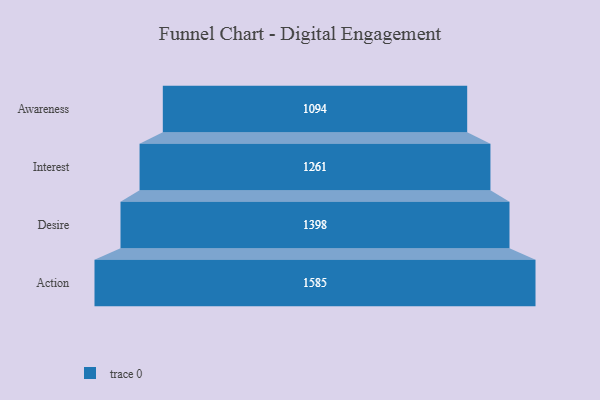
{"axis": {"x": "Stage", "y": "Value"}, "legend": [""], "data": [{"x": "Awareness", "y": 1094.0, "type": ""}, {"x": "Interest", "y": 1261.0, "type": ""}, {"x": "Desire", "y": 1398.0, "type": ""}, {"x": "Action", "y": 1585.0, "type": ""}]}